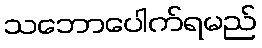
သဘောပေါက်ရမည်